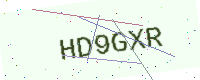
Text: HD9GXR